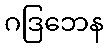
ဂဒြဘေန